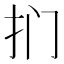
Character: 扪